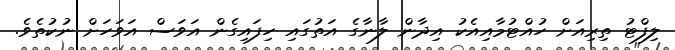
ލިފްޓު ތިރިއަށް ހުއްޓުމާއިއެކު އިދާން ލާނާގެ އަތުގައި ހިފައިގެން އަވަސް އަވަހަށް ނުކުތެވެ.